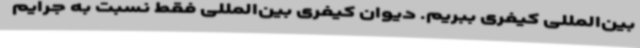
بین‌المللی کیفری ببریم. دیوان کیفری بین‌المللی فقط نسبت به جرایم